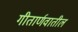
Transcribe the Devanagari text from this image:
गीतार्णवातील